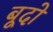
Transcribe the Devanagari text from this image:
बूदो